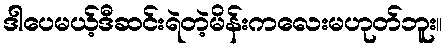
ဒါပေမယ့်ဒီဆင်းရဲတဲ့မိန်းကလေးမဟုတ်ဘူး။